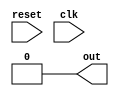
module initial_block_example (
    input wire reset,
    input wire clk,
    output reg out
);

initial begin
    out = 0; // Initializing the output to 0
    $display("Initial block executed");
end

endmodule